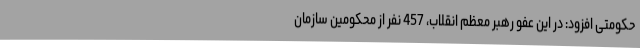
حکومتی افزود: در این عفو رهبر معظم انقلاب، 457 نفر از محکومین سازمان